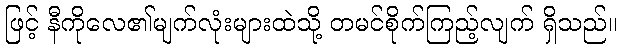
ဖြင့် နီကိုလေ၏မျက်လုံးများထဲသို့ တမင်စိုက်ကြည့်လျက် ရှိသည်။